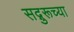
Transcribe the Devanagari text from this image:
सद्गुरूच्या